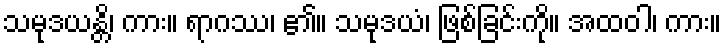
သမုဒယန္တိ၊ ကား။ ရာဂဿ၊ ၏။ သမုဒယံ၊ ဖြစ်ခြင်းကို။ အထဝါ၊ ကား။